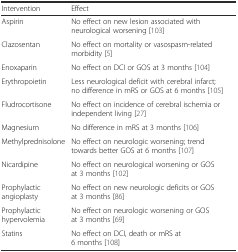
<table><thead><tr><td><b>Intervention</b></td><td><b>Effect</b></td></tr></thead><tbody><tr><td>Aspirin</td><td>No effect on new lesion associated with neurological worsening [103]</td></tr><tr><td>Clazosentan</td><td>No effect on mortality or vasospasm-related morbidity [5]</td></tr><tr><td>Enoxaparin</td><td>No effect on DCI or GOS at 3 months [104]</td></tr><tr><td>Erythropoietin</td><td>Less neurological deficit with cerebral infarct; no difference in mRS or GOS at 6 months [105]</td></tr><tr><td>Fludrocortisone</td><td>No effect on incidence of cerebral ischemia or independent living [27]</td></tr><tr><td>Magnesium</td><td>No difference in mRS at 3 months [106]</td></tr><tr><td>Methylprednisolone</td><td>No effect on neurologic worsening; trend towards better GOS at 6 months [107]</td></tr><tr><td>Nicardipine</td><td>No effect on neurological worsening or GOS at 3 months [102]</td></tr><tr><td>Prophylactic angioplasty</td><td>No effect on new neurologic deficits or GOS at 3 months [86]</td></tr><tr><td>Prophylactic hypervolemia</td><td>No effect on neurologic worsening or GOS at 3 months [69]</td></tr><tr><td>Statins</td><td>No effect on DCI, death or mRS at 6 months [108]</td></tr></tbody></table>